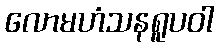
လောမဟံသနရူပဝါ